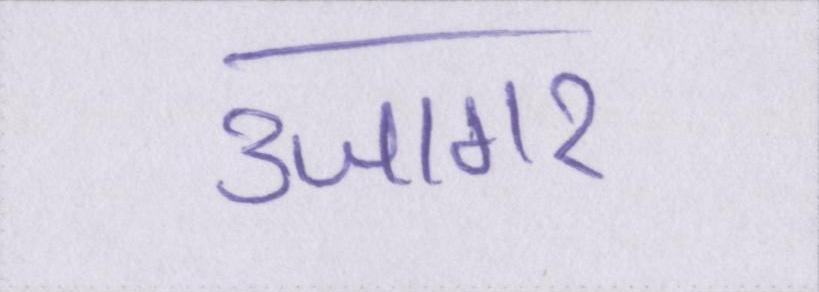
उजागर